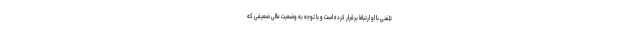
تلفنی با او ارتباط برقرار کرده است و با توجه به وضعیت مالی ضعیفی که